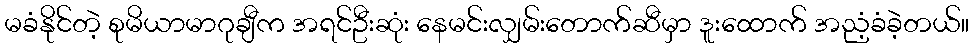
မခံနိုင်တဲ့ စုမိယာမာဂုချီက အရင်ဦးဆုံး နေမင်းလျှမ်းတောက်ဆီမှာ ဒူးထောက် အညံ့ခံခဲ့တယ်။